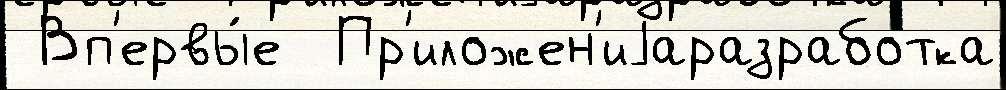
 Вп'ервы́е  Пр'иложен'иjаразработка